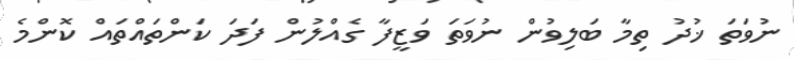
ނުވަތަ ޚުދު ތިމާ ބަލިވުން ނުވަތަ ވަޒީފާ ގެއްލުން ފަދަ ކަންތައްތައް ކޮންމެ